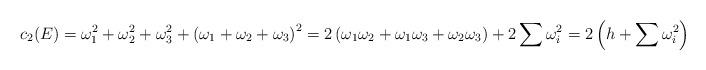
LaTeX: \begin{align*}c_2(E) = \omega_1^2 + \omega_2^2 +\omega_3^2 + \left(\omega_1+\omega_2+\omega_3\right)^2 = 2\left(\omega_1\omega_2+\omega_1\omega_3+\omega_2\omega_3\right) + 2\sum\omega_i^2 =2\left(h + \sum \omega_i^2\right)\end{align*}